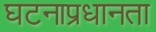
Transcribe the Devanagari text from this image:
घटनाप्रधानता